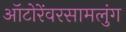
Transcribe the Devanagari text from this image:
ऑटोरेंवरसामलुंग